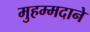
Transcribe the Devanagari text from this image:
मुहम्मदाने